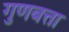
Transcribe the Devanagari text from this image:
गुणबत्ता